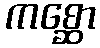
ကစ္ဆော